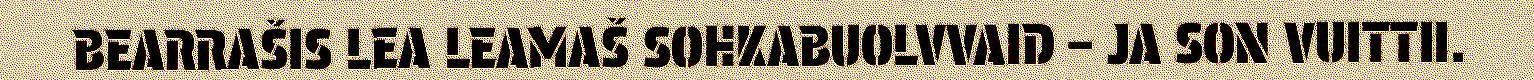
BEARRAŠIS LEA LEAMAŠ SOHKABUOLVVAID – JA SON VUITTII.